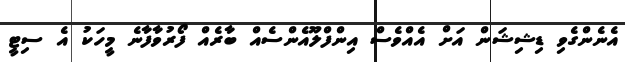
އެނެންގެވި ޑިޝިޝަން އަށް އެއްވެސް އިންފްލޫއެންސެއް ބާރެއް ފޯރުވާފާނެ މީހަކު އެ ސިޓީ